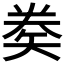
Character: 𥏇